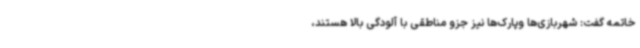
خاتمه گفت: شهربازی‌ها وپارک‌ها نیز جزو مناطقی با آلودگی بالا هستند،